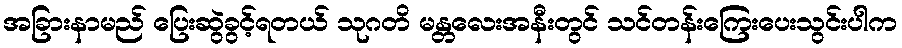
အခြားနာမည် ပြေးဆွဲခွင့်ရတယ် သုဂတိ မန္တလေးအနီးတွင် သင်တန်းကြေးပေးသွင်းပါက